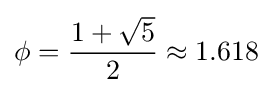
\phi ={\frac {1+{\sqrt {5}}}{2}}\approx 1.618